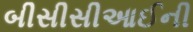
બીસીસીઆઈની